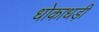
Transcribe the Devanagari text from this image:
धोकाधड़ी